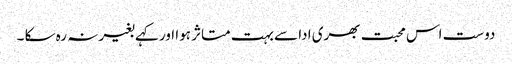
دوست اس محبت بھری ادا سے بہت متاثر ہوا اور کہے بغیر نہ رہ سکا ۔